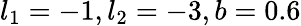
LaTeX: l_{1}=-1,l_{2}=-3,b=0.6